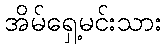
အိမ်ရှေ့မင်းသား